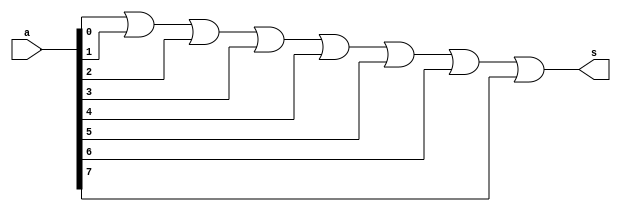
// -------------------------
// Exemplo0009 - AND
// Nome: Guilherme Alves
// -------------------------
// -------------------------
// -- AND gate
// -------------------------
module ounegadogate(output s,input [7:0]a);
assign s = (a[0] | a[1]  | a[2]  | a[3]  | a[4]  | a[5]  | a[6]  | a[7]);

endmodule//fim ounegado

module testeonegadogate;
reg [7:0]a;
wire s;

ounegadogate OUN(s,a);

 initial begin:start
 
 a = 8'b00000000;
 
 end
 
 initial begin
 
 #1 $monitor(s);
 end
 
 endmodule